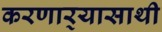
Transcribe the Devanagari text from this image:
करणार्‍यासाथी